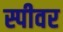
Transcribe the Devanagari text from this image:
स्पीवर